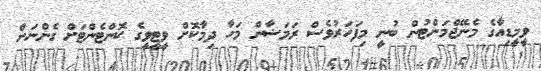
ވީމީޑިއާގެ މެނޭޖްމަންޓުން ބުނީ މިފަހަރުވެސް ރަމަޟާން މަހާ ދިމާކޮށް ވީޓީވީގެ ކޮންޓެންޓަށް ގެންނަން